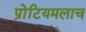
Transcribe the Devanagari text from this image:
प्रोटियमलाच